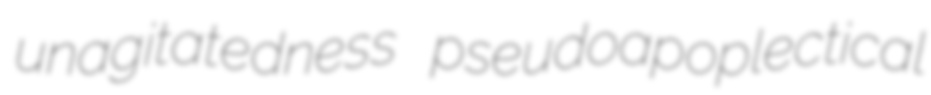
unagitatedness pseudoapoplectical